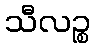
သီလဉ္စ